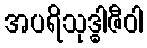
အပရိသုဒ္ဓါဇီဝါ